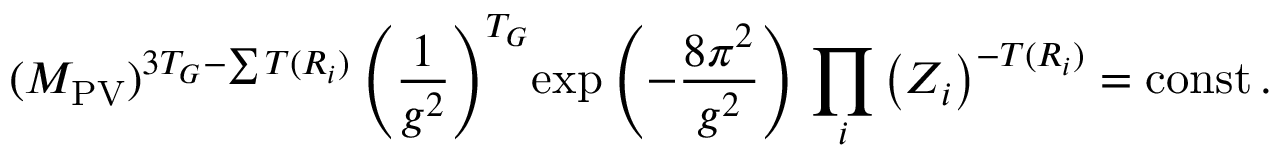
( M _ { \mathrm { P V } } ) ^ { 3 T _ { G } - \sum T ( R _ { i } ) } \left( \frac { 1 } { g ^ { 2 } } \right) ^ { T _ { G } } \! \exp \left( - \frac { 8 \pi ^ { 2 } } { g ^ { 2 } } \right) \, \prod _ { i } \left( Z _ { i } \right) ^ { - T ( R _ { i } ) } = \mathrm { c o n s t } \, .